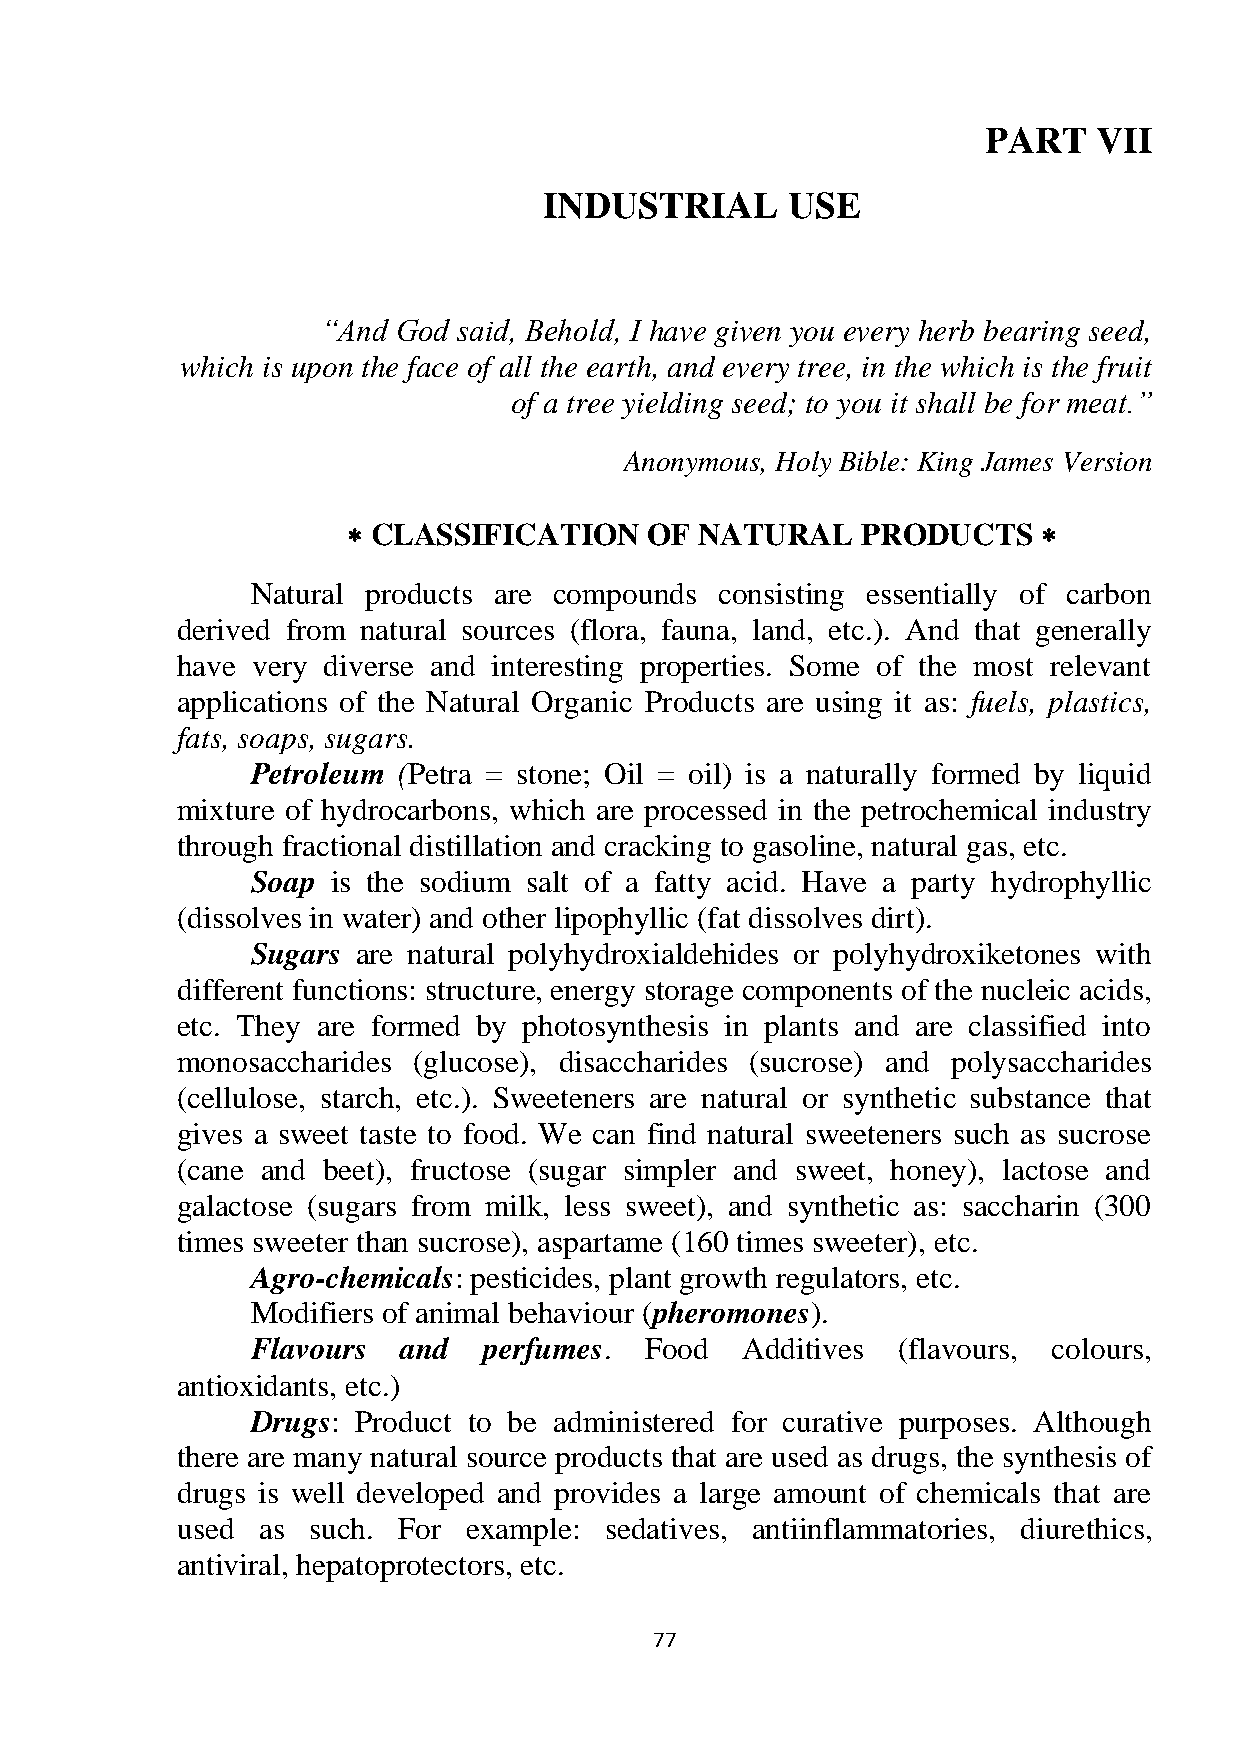
PART    VII
 INDUSTRIAL      USE
 “And God said, Behold, I have given you every herb bearing seed,
 which is upon the face of all the earth, and every tree, in the which is the fruit
 of a tree yielding seed; to you it shall be for meat.”
 Anonymous, Holy Bible: King James Version
  CLASSIFICATION    OF NATURAL    PRODUCTS    
 Natural products are compounds consisting essentially of carbon
 derived from natural sources (flora, fauna, land, etc.). And that generally
 have very diverse and interesting properties. Some of the most relevant
 applications of the Natural Organic Products are using it as: fuels, plastics,
 fats, soaps, sugars.
 Petroleum (Petra = stone; Oil = oil) is a naturally formed by liquid
 mixture of hydrocarbons, which are processed in the petrochemical industry
 through fractional distillation and cracking to gasoline, natural gas, etc.
 Soap is the sodium salt of a fatty acid. Have a party hydrophyllic
 (dissolves in water) and other lipophyllic (fat dissolves dirt).
 Sugars are natural polyhydroxialdehides or polyhydroxiketones with
 different functions: structure, energy storage components of the nucleic acids,
 etc. They are formed by photosynthesis in plants and are classified into
 monosaccharides (glucose), disaccharides (sucrose) and polysaccharides
 (cellulose, starch, etc.). Sweeteners are natural or synthetic substance that
 gives a sweet taste to food. We can find natural sweeteners such as sucrose
 (cane and beet), fructose (sugar simpler and sweet, honey), lactose and
 galactose (sugars from milk, less sweet), and synthetic as: saccharin (300
 times sweeter than sucrose), aspartame (160 times sweeter), etc.
 Agro-chemicals: pesticides, plant growth regulators, etc.
 Modifiers of animal behaviour (pheromones).
 Flavours  and  perfumes.  Food  Additives (flavours, colours,
 antioxidants, etc.)
 Drugs: Product to be administered for curative purposes. Although
 there are many natural source products that are used as drugs, the synthesis of
 drugs is well developed and provides a large amount of chemicals that are
 used as such. For  example: sedatives, antiinflammatories, diurethics,
 antiviral, hepatoprotectors, etc.
 77